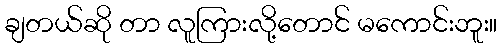
ချတယ်ဆို တာ လူကြားလို့တောင် မကောင်းဘူး။